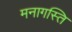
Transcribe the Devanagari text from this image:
मनागस्ति